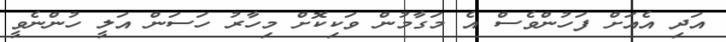
އަދި އެއަށް ފަހުންވެސް އެ މަގާމުން ވަކިކޮށް މިހާރު ހަސަން އަލީ ހުންނެވީ